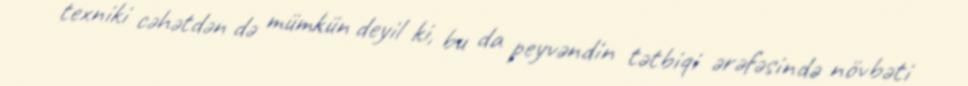
texniki cəhətdən də mümkün deyil ki, bu da peyvəndin tətbiqi ərəfəsində növbəti